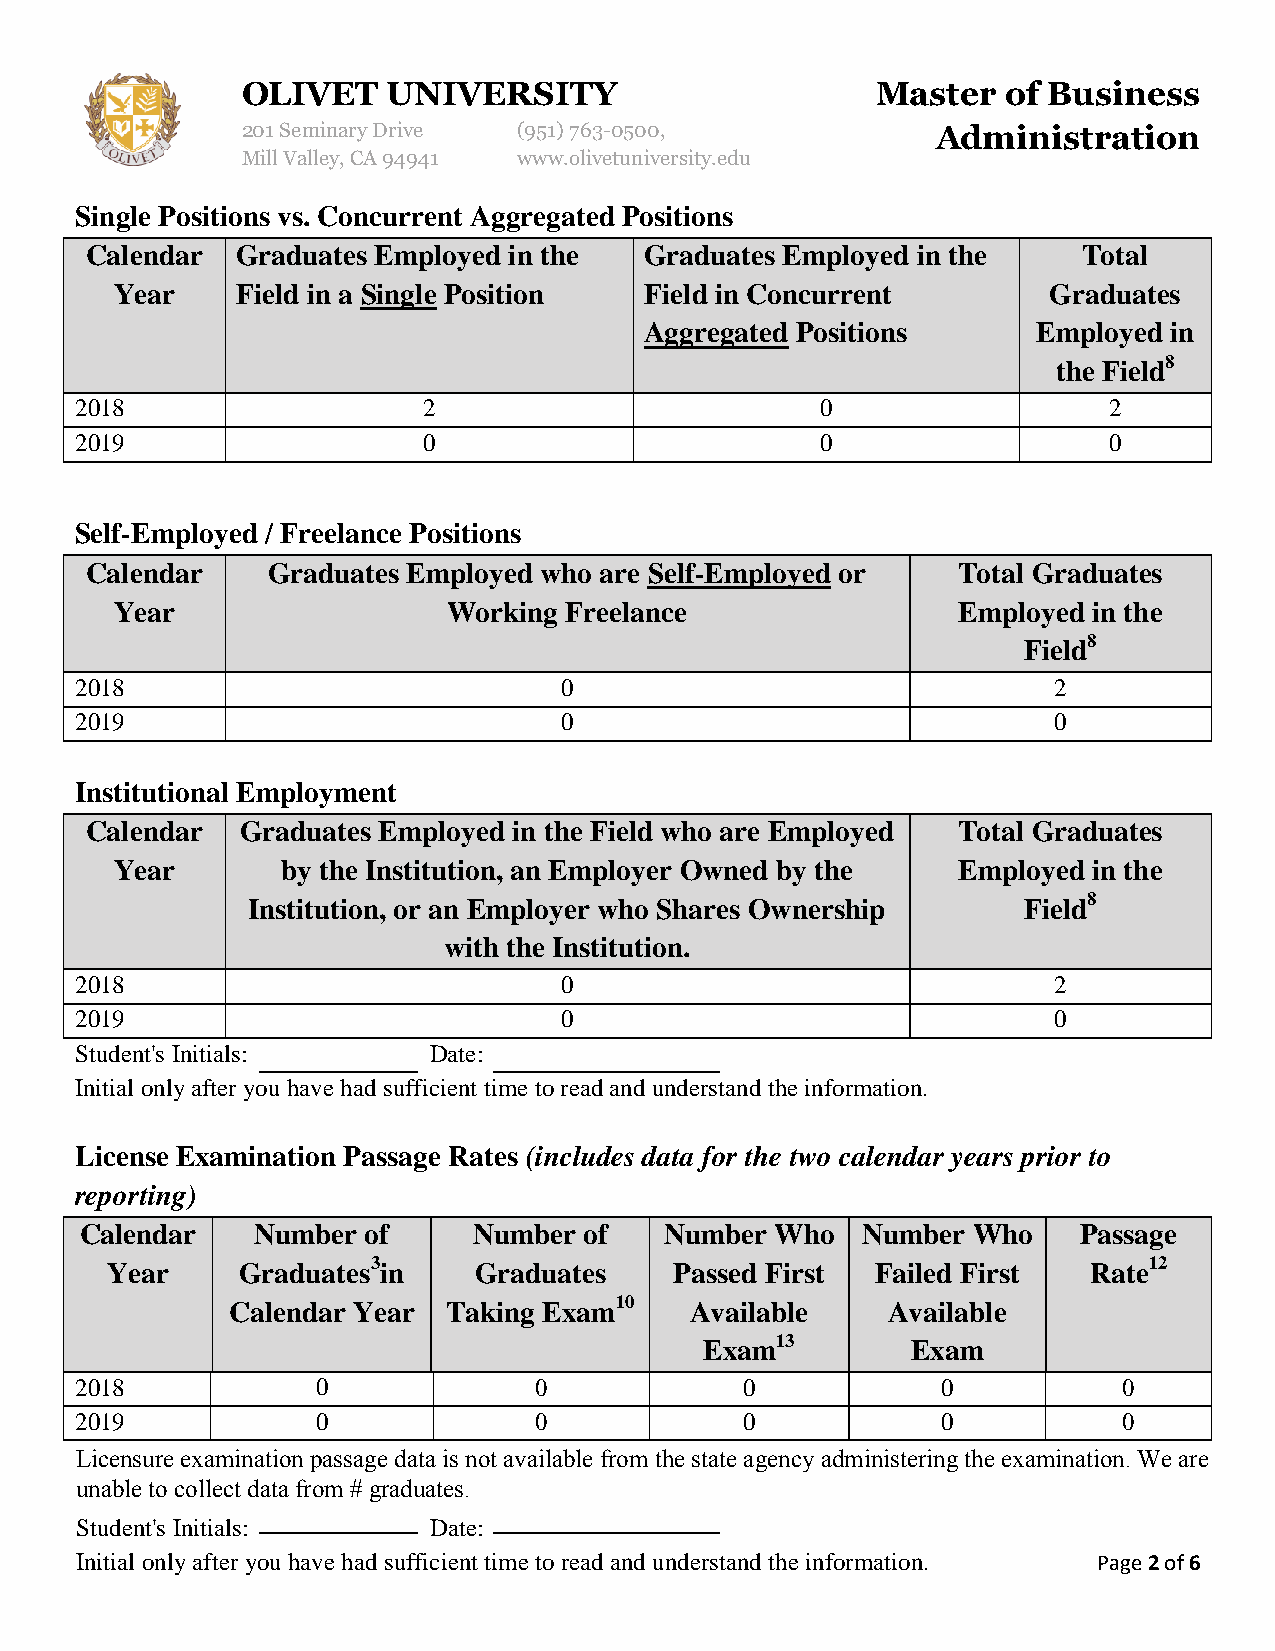
OLIVET    UNIVERSITY                      Master   of Business
 201 Seminary Drive (951)763-0500,             Administration
 Mill Valley, CA 94941 www.olivetuniversity.edu
 Single Positions vs. Concurrent Aggregated Positions
 Calendar  Graduates Employed in the  Graduates Employed in the    Total
 Year    Field in a Single Position Field in Concurrent       Graduates
 Aggregated Positions      Employed in
 the Field8
 2018                   2                         0                  2
 2019                   0                         0                  0
 Self-Employed / Freelance Positions
 Calendar    Graduates Employed who are Self-Employed or  Total Graduates
 Year                  Working Freelance                Employed in the
 Field8
 2018                            0                                2
 2019                            0                                0
 Institutional Employment
 Calendar  Graduates Employed in the Field who are Employed Total Graduates
 Year       by the Institution, an Employer Owned by the Employed in the
 Institution, or an Employer who Shares Ownership    Field8
 with the Institution.
 2018                            0                                2
 2019                            0                                0
 Student's Initials:    Date:
 Initial only after you have had sufficient time to read and understand the information.
 License Examination Passage Rates (includes data for the two calendar years prior to
 reporting)
 Calendar    Number of     Number  of   Number Who   Number Who     Passage
 Year     Graduates3in   Graduates     Passed First Failed First  Rate12
 Calendar Year  Taking Exam10   Available    Available
 Exam13       Exam
 2018            0             0             0            0           0
 2019            0             0             0            0           0
 Licensure examination passage data is not available from the state agency administering the examination. We are
 unable to collect data from # graduates.
 Student's Initials:    Date:
 Initial only after you have had sufficient time to read and understand the information. Page 2 of 6